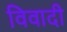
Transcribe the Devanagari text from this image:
विवादी